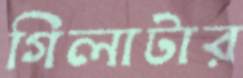
গিলাটার